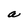
Character: a